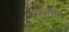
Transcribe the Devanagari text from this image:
खुलती।